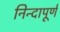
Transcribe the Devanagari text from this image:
निन्दापूर्ण